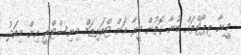
މީޑިއާ ރިޕޯޓްތައް ބުނާ ގޮތުން މީރާ އަށް ޓްއަރިޒަމް މިނިސްޓްރީ އިން މިއަދު